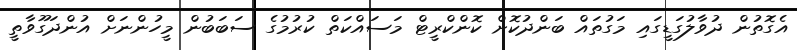
އެގޮތުން ދުވާލުގަޑީގައި މަގުތައް ބަންދުކޮށް ކޮންކްރީޓް މަސައްކަތް ކުރުމުގެ ސަބަބުން މީހުންނަށް އުންދަގޫވާތީ